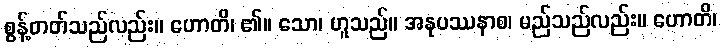
စွန့်တတ်သည်လည်း။ ဟောတိ၊ ၏။ သော၊ ဟူသည်။ အနုပဿနာစ၊ မည်သည်လည်း။ ဟောတိ၊